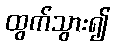
ထွက်သွား၍